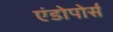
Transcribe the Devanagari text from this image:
एंडोपोर्स